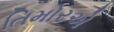
તિમોરએ